Indian journal of veterinary science and animal husbandry - Volume 14,
Year: 1944
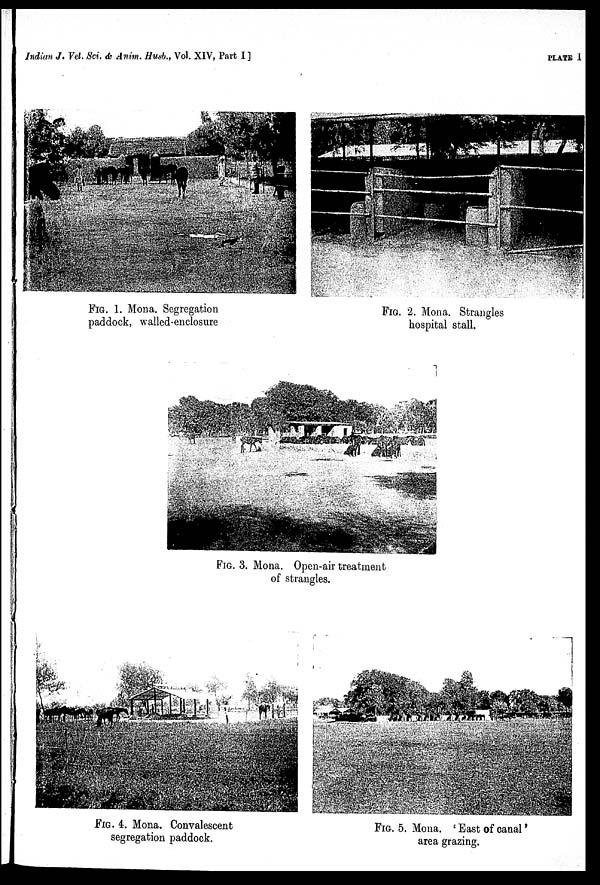
Indian J. Vet. Sci. & Anim. Husb., Vol. XIV, Part I ]
PLATE I
FIG. 1. Mona. Segregation
paddock, walled-enclosure
FIG. 2. Mona. Strangles
hospital stall.
FIG. 3. Mona. Open-air treatment
of strangles.
FIG. 4. Mona. Convalescent
segregation paddock.
FIG. 5. Mona. 'East of canal'
area grazing.